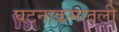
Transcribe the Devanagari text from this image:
घटनाक्रमातली